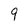
Character: 9